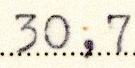
30,7